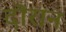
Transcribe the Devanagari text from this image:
दॊरान